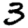
Digit: 3